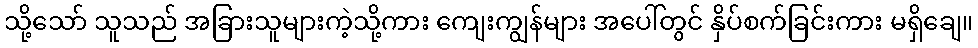
သို့သော် သူသည် အခြားသူများကဲ့သို့ကား ကျေးကျွန်များ အပေါ်တွင် နှိပ်စက်ခြင်းကား မရှိချေ။